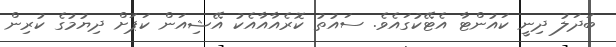
ބަދަލު ދިނީ ކައުންޓާ އެޓޭކުގައެވެ. ސައުތު ކޮރެއާއާއެކު އޭޝިއަން ކަޕަށް ދިޔުމުގެ ކުރިން